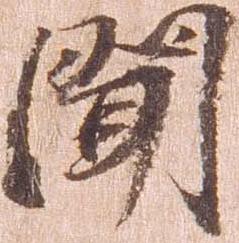
聞